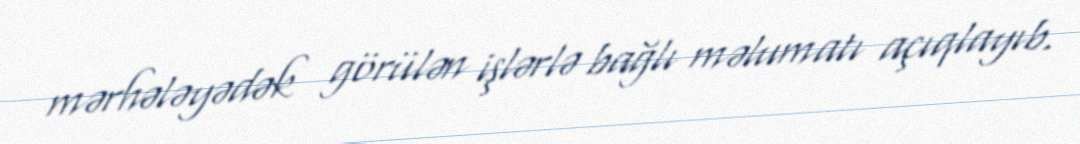
mərhələyədək görülən işlərlə bağlı məlumatı açıqlayıb.